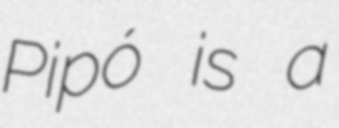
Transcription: Pipó is a